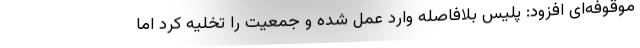
موقوفه‌ای افزود: پلیس بلافاصله وارد عمل شده و جمعیت را تخلیه کرد اما